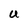
Character: U